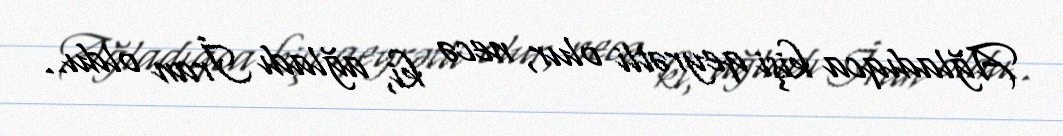
Ağladıqca kişi qeyrətli olur, necə ki, ağladı İran oldu..